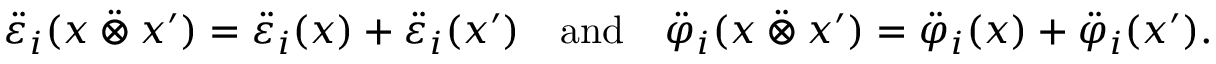
\ddot { \varepsilon } _ { i } ( x \mathbin { \ddot { \otimes } } x ^ { \prime } ) = \ddot { \varepsilon } _ { i } ( x ) + \ddot { \varepsilon } _ { i } ( x ^ { \prime } ) \quad \mathrm { a n d } \quad \ddot { \varphi } _ { i } ( x \mathbin { \ddot { \otimes } } x ^ { \prime } ) = \ddot { \varphi } _ { i } ( x ) + \ddot { \varphi } _ { i } ( x ^ { \prime } ) .